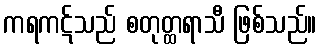
ကရကဋ်သည် စတုတ္ထရာသီ ဖြစ်သည်။